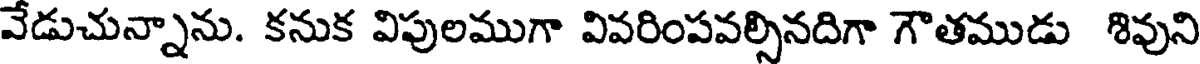
వేడుచున్నాను. కనుక విపులముగా వివరింపవల్సినదిగా గౌతముడు శివుని